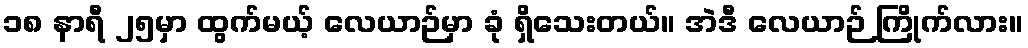
၁၈ နာရီ ၂၅မှာ ထွက်မယ့် လေယာဉ်မှာ ခုံ ရှိသေးတယ်။ အဲဒီ လေယာဉ် ကြိုက်လား။